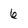
Character: 6